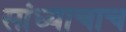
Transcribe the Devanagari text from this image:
सांध्याचाच